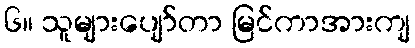
၆။ သူများပျော်တာ မြင်ကာအားကျ